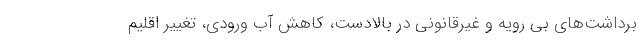
برداشت‌های بی رویه و غیرقانونی در بالادست، کاهش آب ورودی، تغییر اقلیم